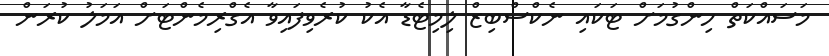
މަސައްކަތް ހިންގުމަށް ޓަކައި ނެކްސްބިޒް ލިމިޓެޑާ އެކު ކުރެވިފައިވާ އެގްރިމެންޓަށް އަމަލު ކުރަން